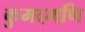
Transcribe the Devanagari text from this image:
कुमदमणि